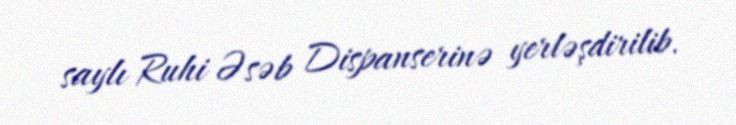
saylı Ruhi Əsəb Dispanserinə yerləşdirilib.